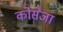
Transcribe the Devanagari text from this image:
कोसेंजा